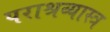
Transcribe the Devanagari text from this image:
पराश्रव्यास्त्र